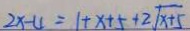
2 x - 4 = 1 + x + 5 + 2 \sqrt { x + 5 }